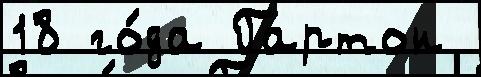
18 го́да Гартон